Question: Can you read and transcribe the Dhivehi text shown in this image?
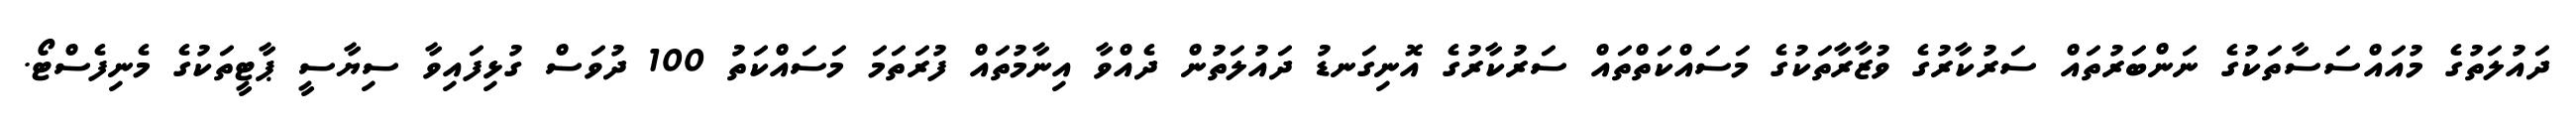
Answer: ދައުލަތުގެ މުއައްސަސާތަކުގެ ނަންބަރުތައް ސަރުކާރުގެ ވުޒާރާތަކުގެ މަސައްކަތްތައް ސަރުކާރުގެ އޮނިގަނޑު ދައުލަތުން ދެއްވާ އިނާމުތައް ފުރަތަމަ މަސައްކަތު 100 ދުވަސް ގުޅިފައިވާ ސިޔާސީ ޕާޓީތަކުގެ މެނިފެސްޓޯ.